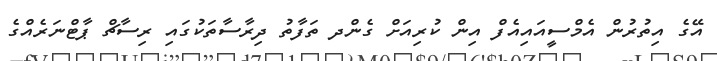
އޭގެ އިތުރުން އެމްސީއައިއެފް އިން ކުރިއަށް ގެންދ ތަފާތު ދިރާސާތަކުގައި ރިސާޗް ޕާޓްނަރެއްގެ